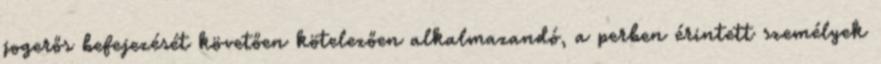
jogerős befejezését követően kötelezően alkalmazandó, a perben érintett személyek